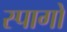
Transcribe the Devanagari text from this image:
स्पागो